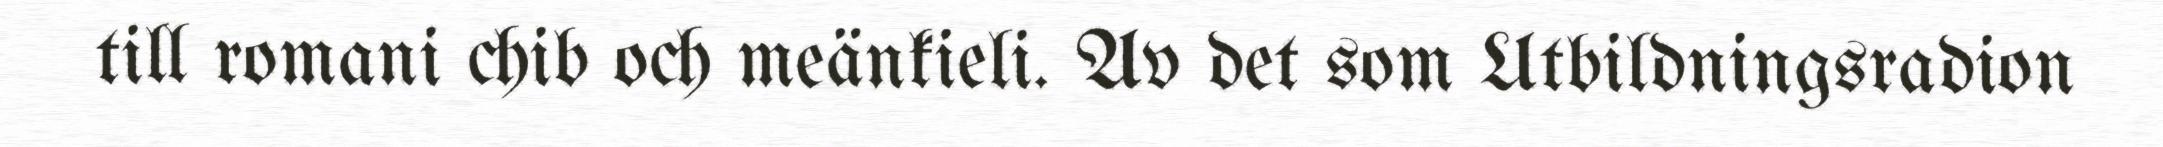
till romani chib och meänkieli. Av det som Utbildningsradion